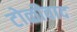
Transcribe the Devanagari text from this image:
टोळीवाद